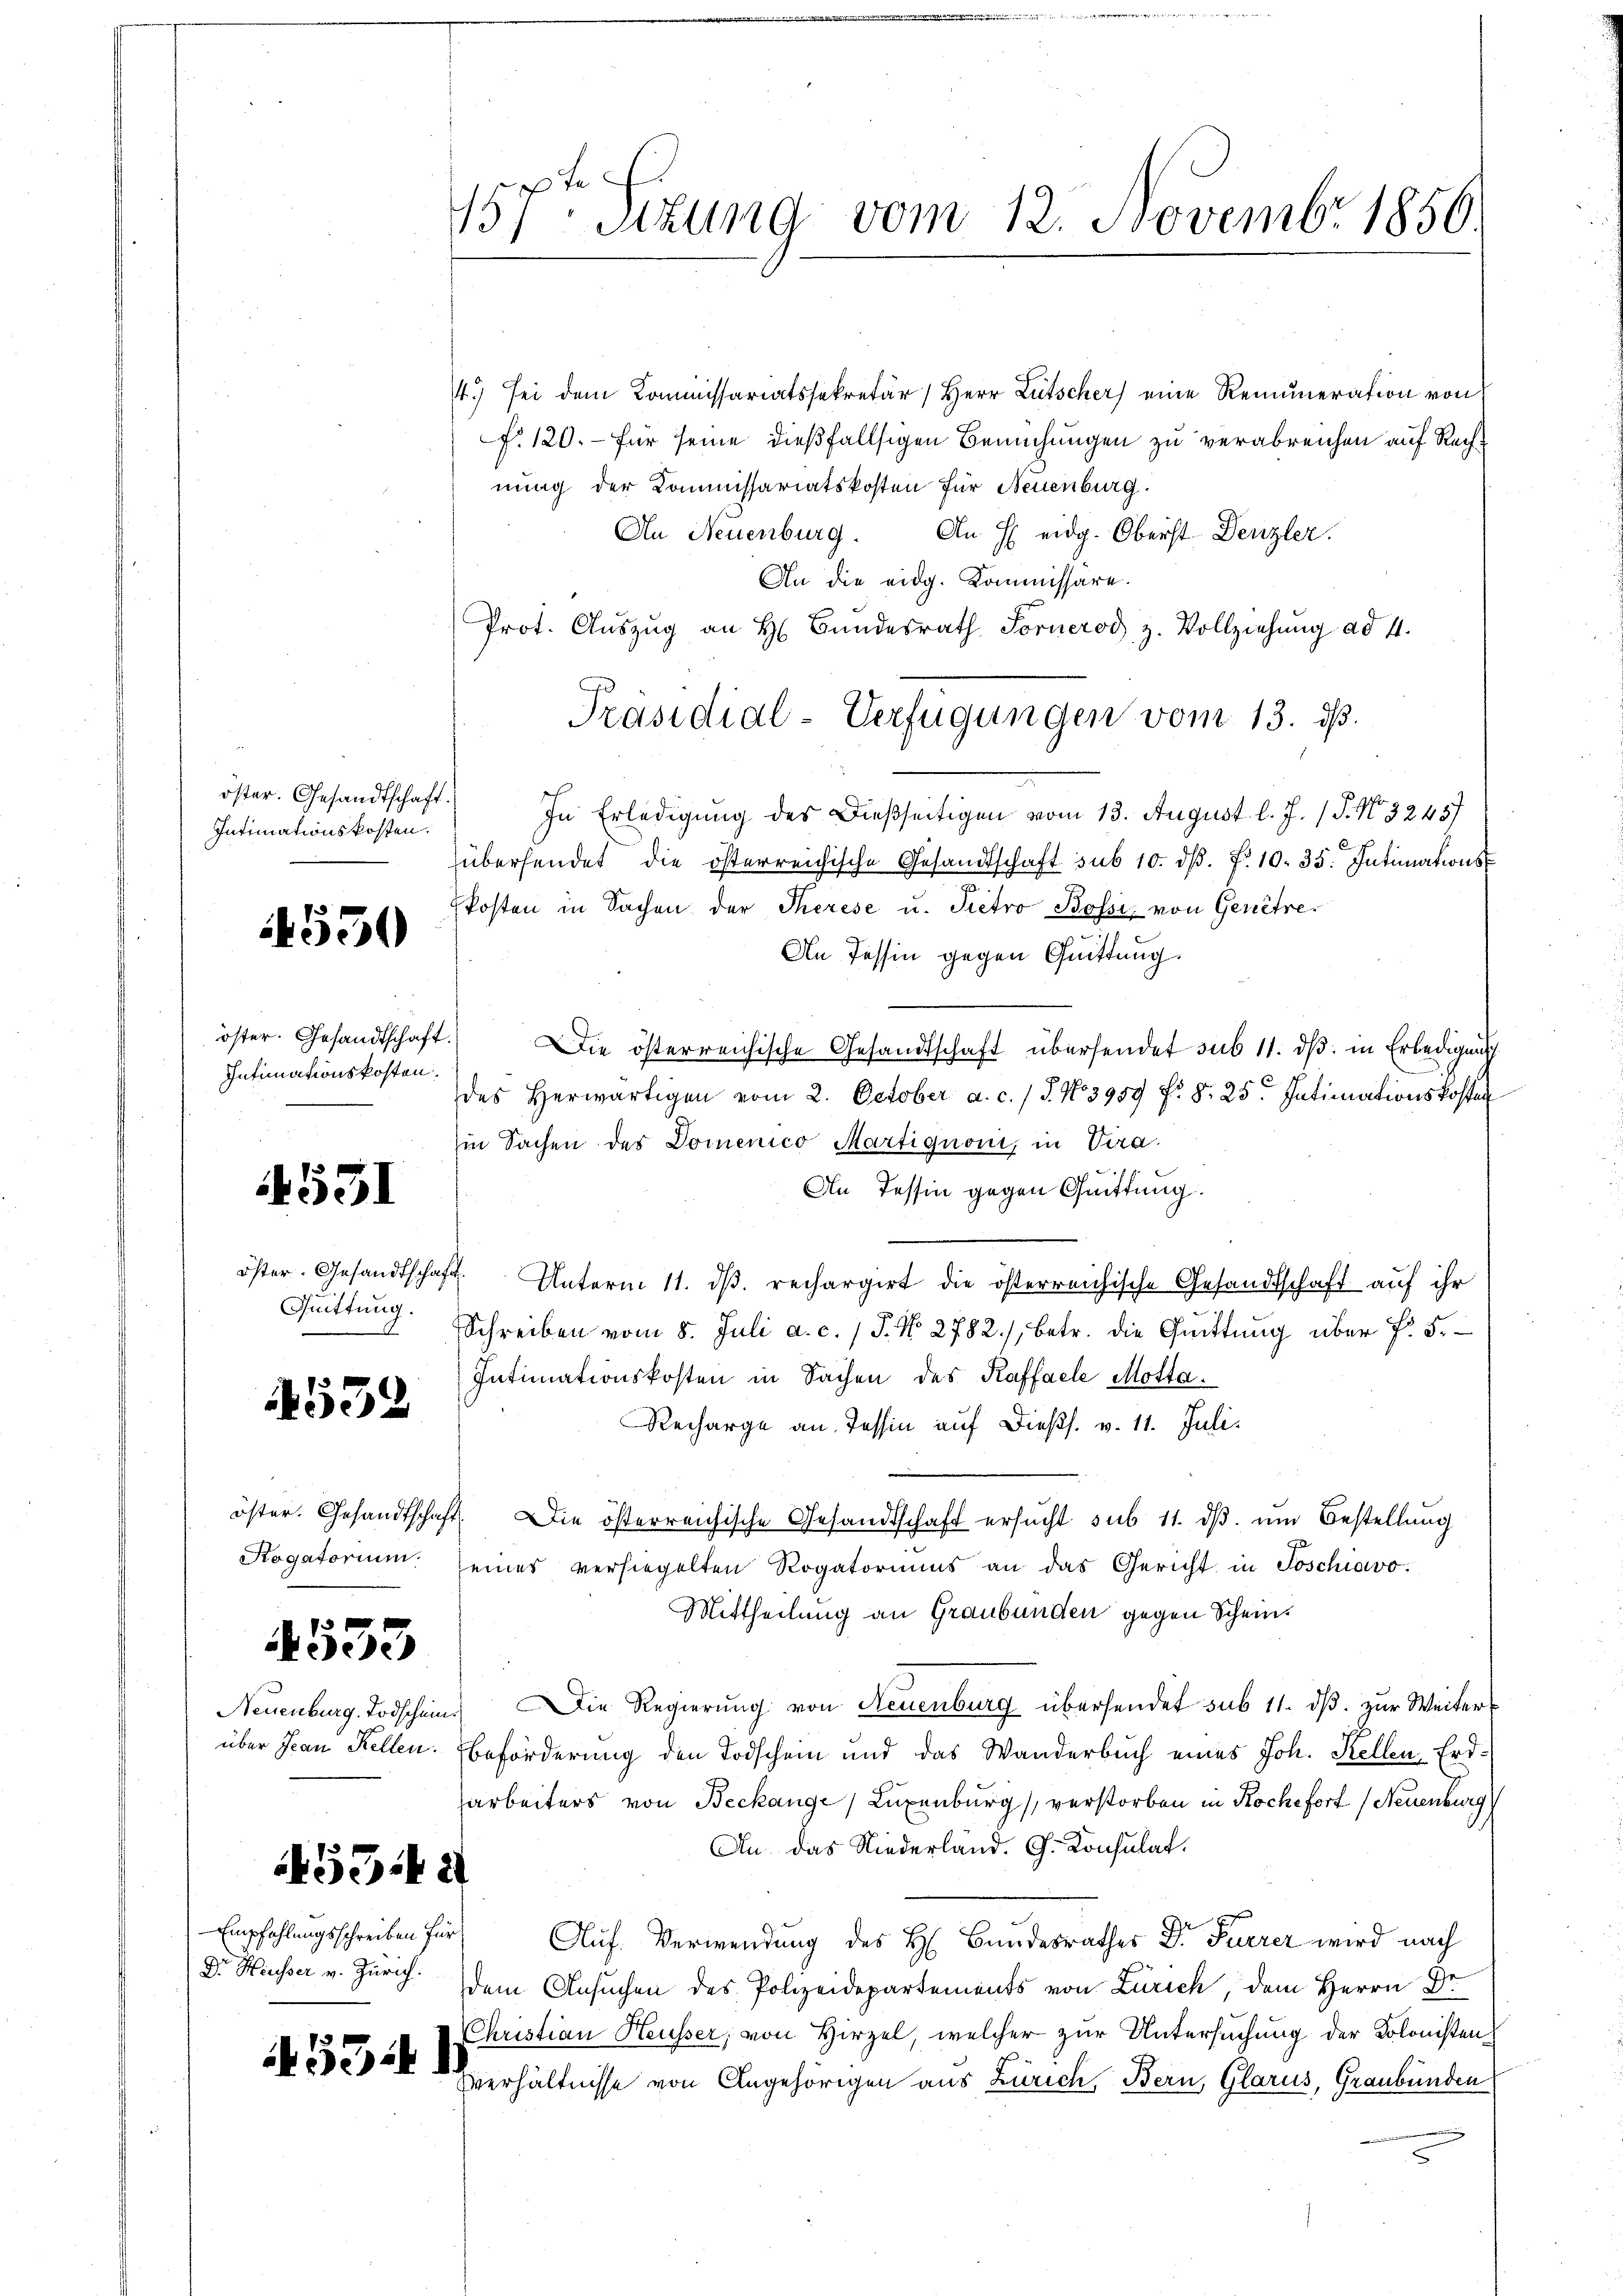
öster. Gesandtschaft.
Intimationskosten.

550

öster. Gesandtschaft.
Intimationskosten.
.

4531

öster. Gesandtschaft.
Quittung.

1552

4533

534 a

Empfehlungsschreiben für

53441

157ten Sizung vom 12. Novembr 1856.

4.) sei dem Kommissariatssekretär, Herr Lütscher eine Remuneration von
f. 120.- für seine dießfallsigen Bemühungen zu verabreichen auf Rechnung der Kommissariatskosten für Neuenburg.
An Neuenburg. An H eidg. Oberst Denzler.
An die eidg. Kommissäre.
Prot. Aŭszŭg an H. Bŭndesrath Fornerod, z. Vollziehung ad 4.
In Erledigung des Dießseitigen vom 13. August l. J. (T. No. 32457
übersendet die österreichische Gesandtschaft sub 10. dβ. f. 10. 35. Intimationskosten in Sachen der Therese u. Pietro Bossi, von Genêtre
An Tessin gegen Quittung.
Die österreichische Gesandtschaft übersendet sub 11. ds. in Erledigung
des herwärtigen vom 2. October a. c. / 5. No 3959 f. §. 25. Intimationskosten
in Sachen des Domenico Martignoni, in Vera
/
An Tessin gegen Quittung.
Unterm 11. ds. rechargirt die österreichische Gesandtschaft auf ihr
1
Schreiben vom 8. Juli a. c. 1 P. No. 2782./, betr. die Quittung über P. F.
Intimationskosten in Sachen des Kaffaele Motta.
Recharge an Tessin auf dießs. v. 11. Juli.
öster. Gesandtschaft. Die österreichische Gesandtschaft ersŭcht sub 11. dβ ŭm Bestellŭng
Hogatorium seines versiegelten Rogatoriums an das Gericht in Poschiavo,
Mittheilung an Graubünden gegen Schein.
Neuenburg. Todschein. Die Regierung von Neuenburg übersendet sub 11. dβ. zur Weiter
über Jean Kellen. Ebeförderung den Todschein und das Wanderbuch eines Joh. Kellen-Erdsarbeiters von Beckange Luxenburg verstorben in Koche fort (Neuenburg
Au, das Niederland. G. Konsulat,
Auf. Verwendung des H. Bundesrathes Dr Furrer wird nach
Dr. Heusser v. Zürich. dem Ansŭchen des Polizeidepartements von Zürich, dem Herrn Dr
Christian Heusser, von Hirzel, welcher zur Untersuchung der Kolonisten
Verhältnisse von Angehörigen aus Zürich, Bern, Glarus, Graubünden

Präsidial-Verfügungen vom 13. ds.